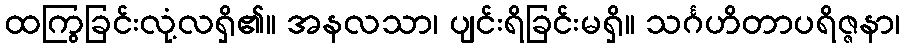
ထကြွခြင်းလုံ့လရှိ၏။ အနလသာ၊ ပျင်းရိခြင်းမရှိ။ သင်္ဂဟိတာပရိဇ္ဇနာ၊